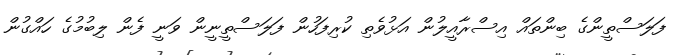
ފަލަސްތީންގެ ބިންތައް އިސްރާއީލުން އަޅުވެތި ކުރިފަހުން ފަލަސްތީނީން ވަނީ ފެން ލިބުމުގެ ހައްގުން